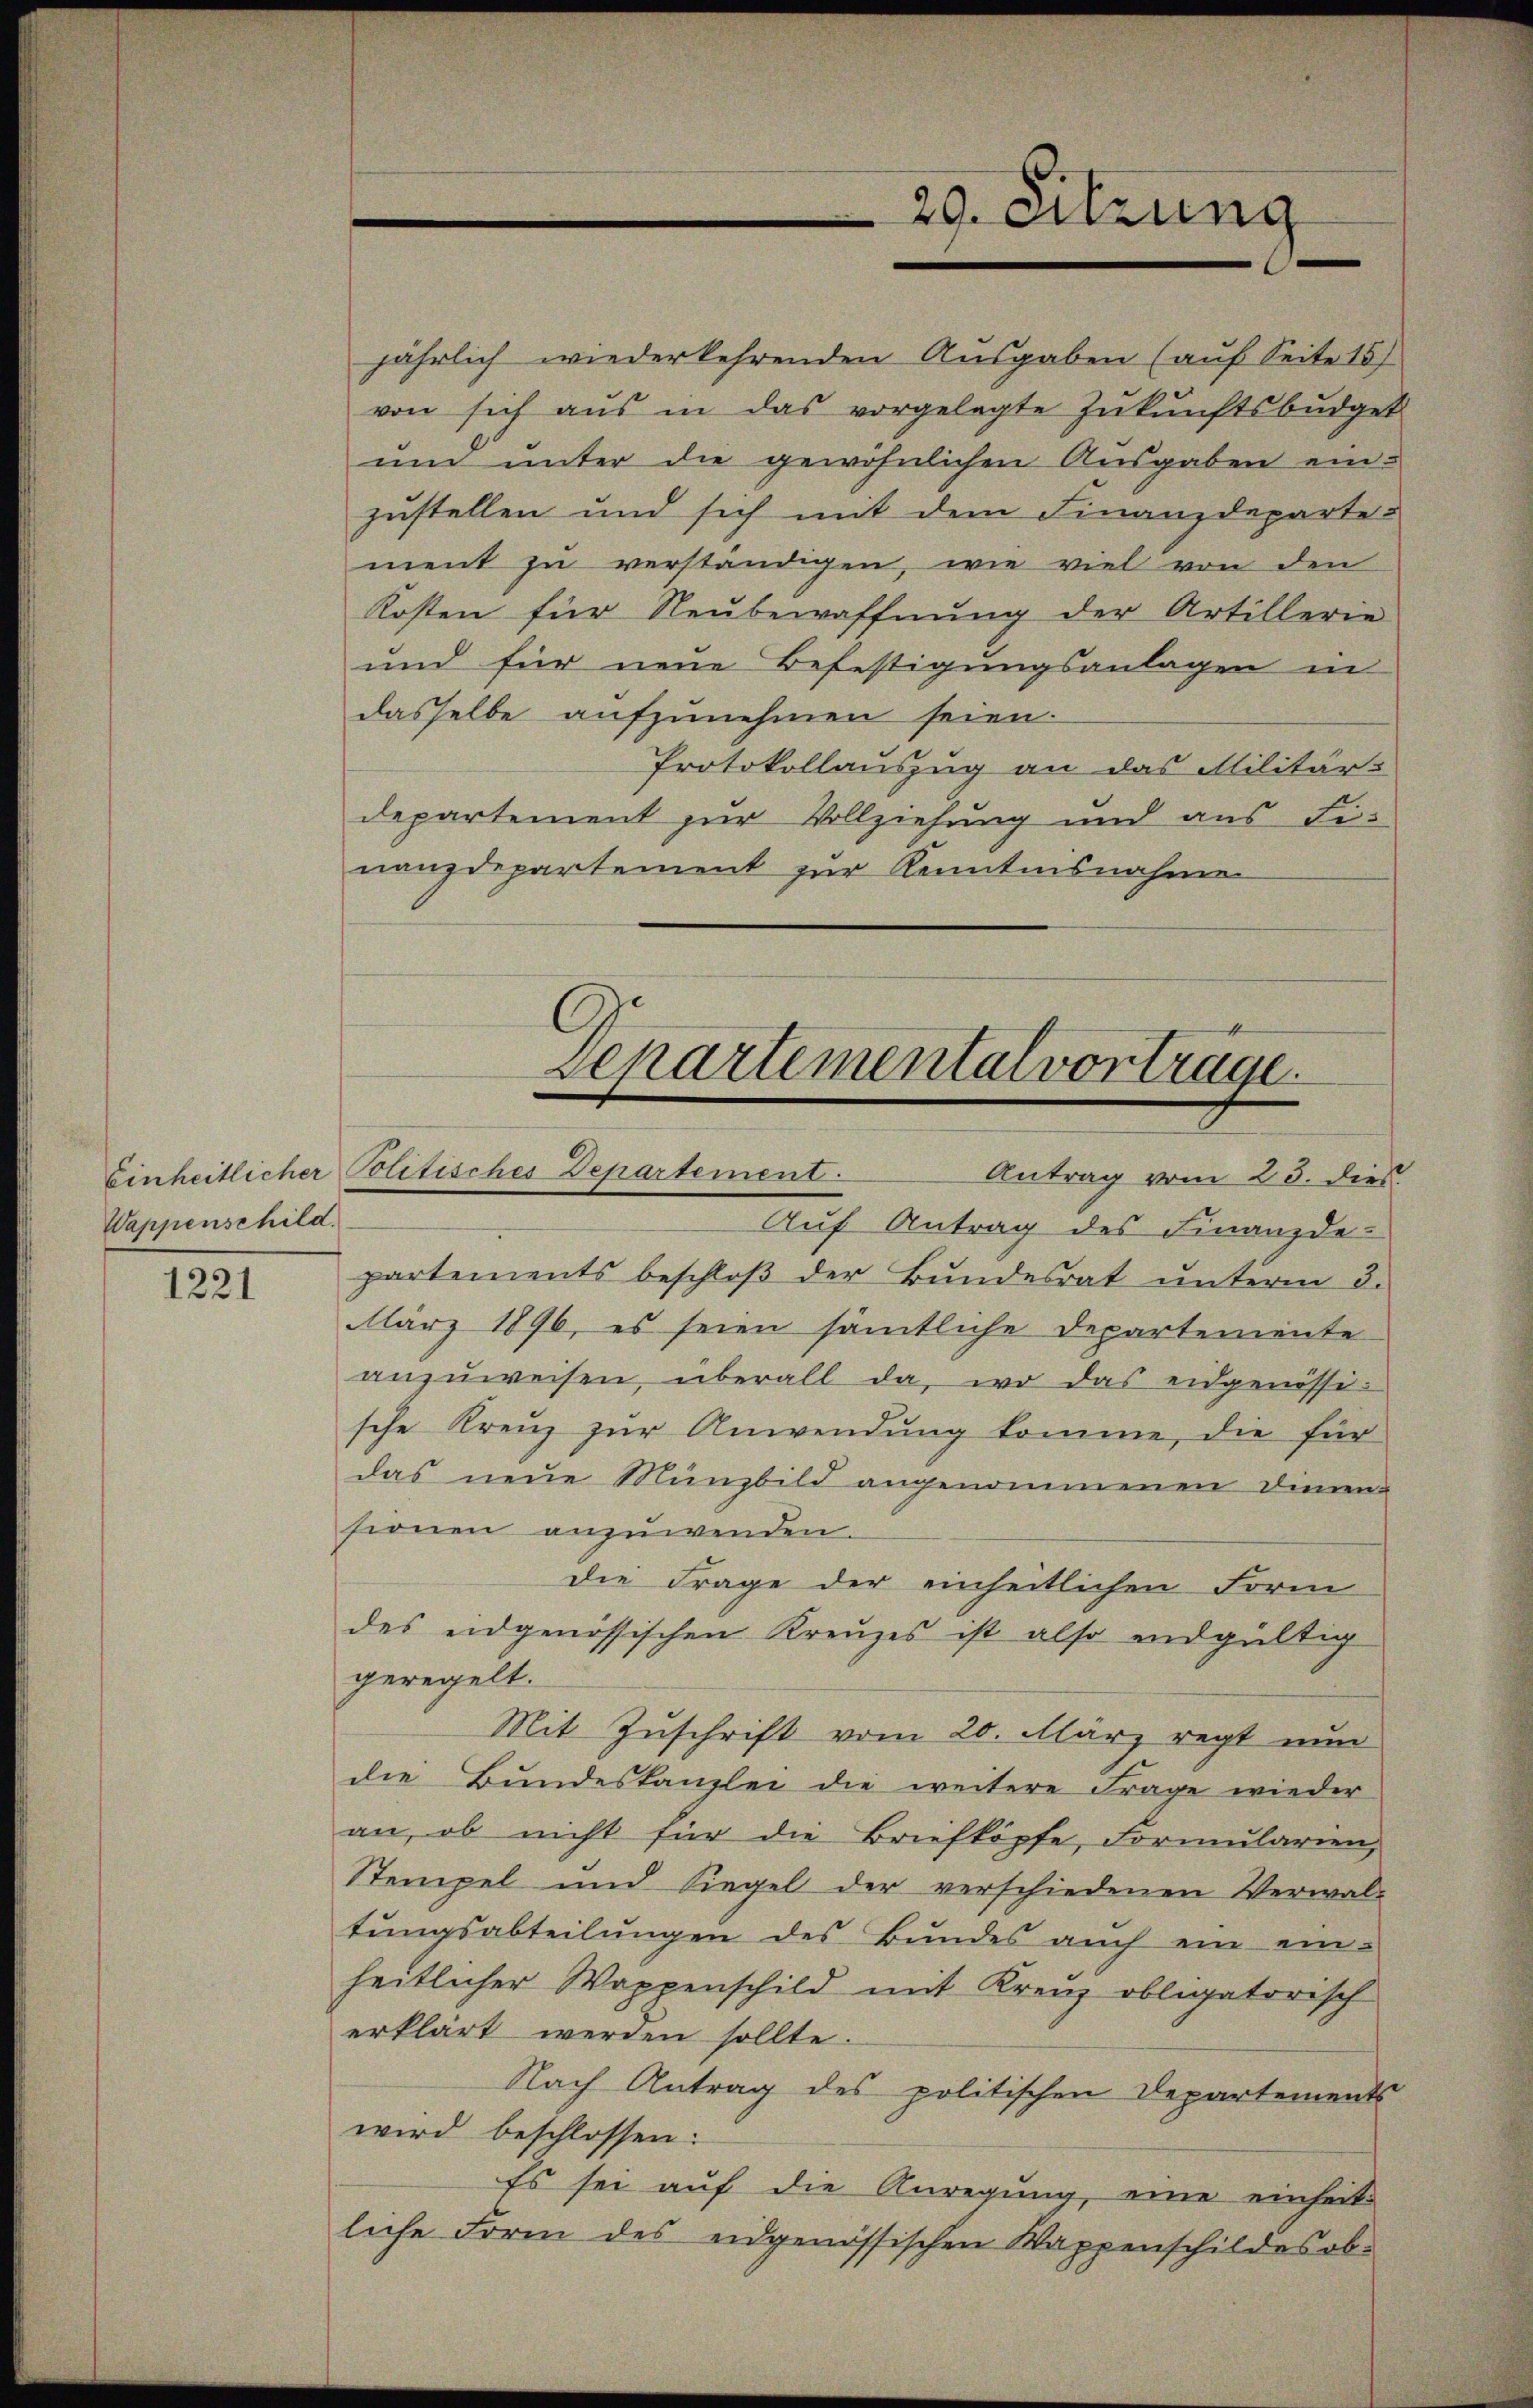
Wappenschild.

1221

jährlich wiederkehrenden Ausgaben (auf Seite 15)
von sich aŭs in das vorgelegte Zŭkŭnftsbŭdget
um unter die gewöhnlichen Ausgaben einzustellen und sich mit dem Finanzdeparte
ment zu verständigen, wie viel von den
Kosten für Neubewaffnung der Artillerie
und für neue Befestigungsanlagen in
dasselbe aufzunehmen seien.
Protokollauszug an das Militär-
departement zur Vollziehung und aus Finanzdepartement zur Kenntnisnahme

29. Sitzung

Separtemental vortrage
Einheitlicher Politisches Departement.
Antrag vom 23. dies

Auf Antrag des Finanzde-
partements beschloß der Bundesrat unterm 3.
März 1896, es seien sämtliche Departemente
anzuweisen, überall da, wo das eidgenössische Kreuz zur Anwendung komme, die für
das neue Münzbild angenommenen Dienen-
sionen anzuwenden.
die Frage der einheitlichen Form
des eidgenössischen Kreuzes ist also endgültig
geregelt.
Mit Zuschrift vom 20. März regt nun
die Bundeskanzlei die weitere Frage wieder
an, ob nicht für die Briefköpfe, Formularien,
Stempel und Siegel der verschiedenen Verwal-
tungsabteilungen des Bundes auch ein einheitlicher Wappenschild mit Kreuz obligatorisch
erklärt werden sollte.
Nach Antrag des politischen Departements
wird beschlossen:
Es sei auf die Anregung, eine einheit
liche Form des eidgenössischen Wappenschildes ob-